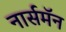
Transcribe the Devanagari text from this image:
नार्समॅन